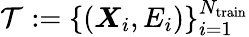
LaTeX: \mathcal{T}:=\{ (\boldsymbol{X}_{i},E_{i})\} _{i=1}^{{N}_{\mathrm{train}}}